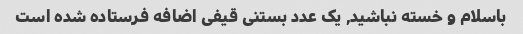
باسلام و خسته نباشید, یک عدد بستنی قیفی اضافه فرستاده شده است